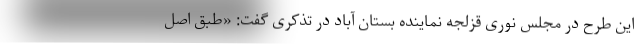
این طرح در مجلس نوری قزلجه نماینده بستان آباد در تذکری گفت: «طبق اصل